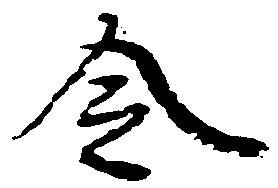
令